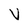
Character: V